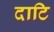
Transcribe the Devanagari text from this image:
दाटि